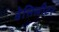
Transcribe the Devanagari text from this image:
डेसिलीटर